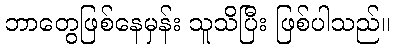
ဘာတွေဖြစ်နေမှန်း သူသိပြီး ဖြစ်ပါသည်။